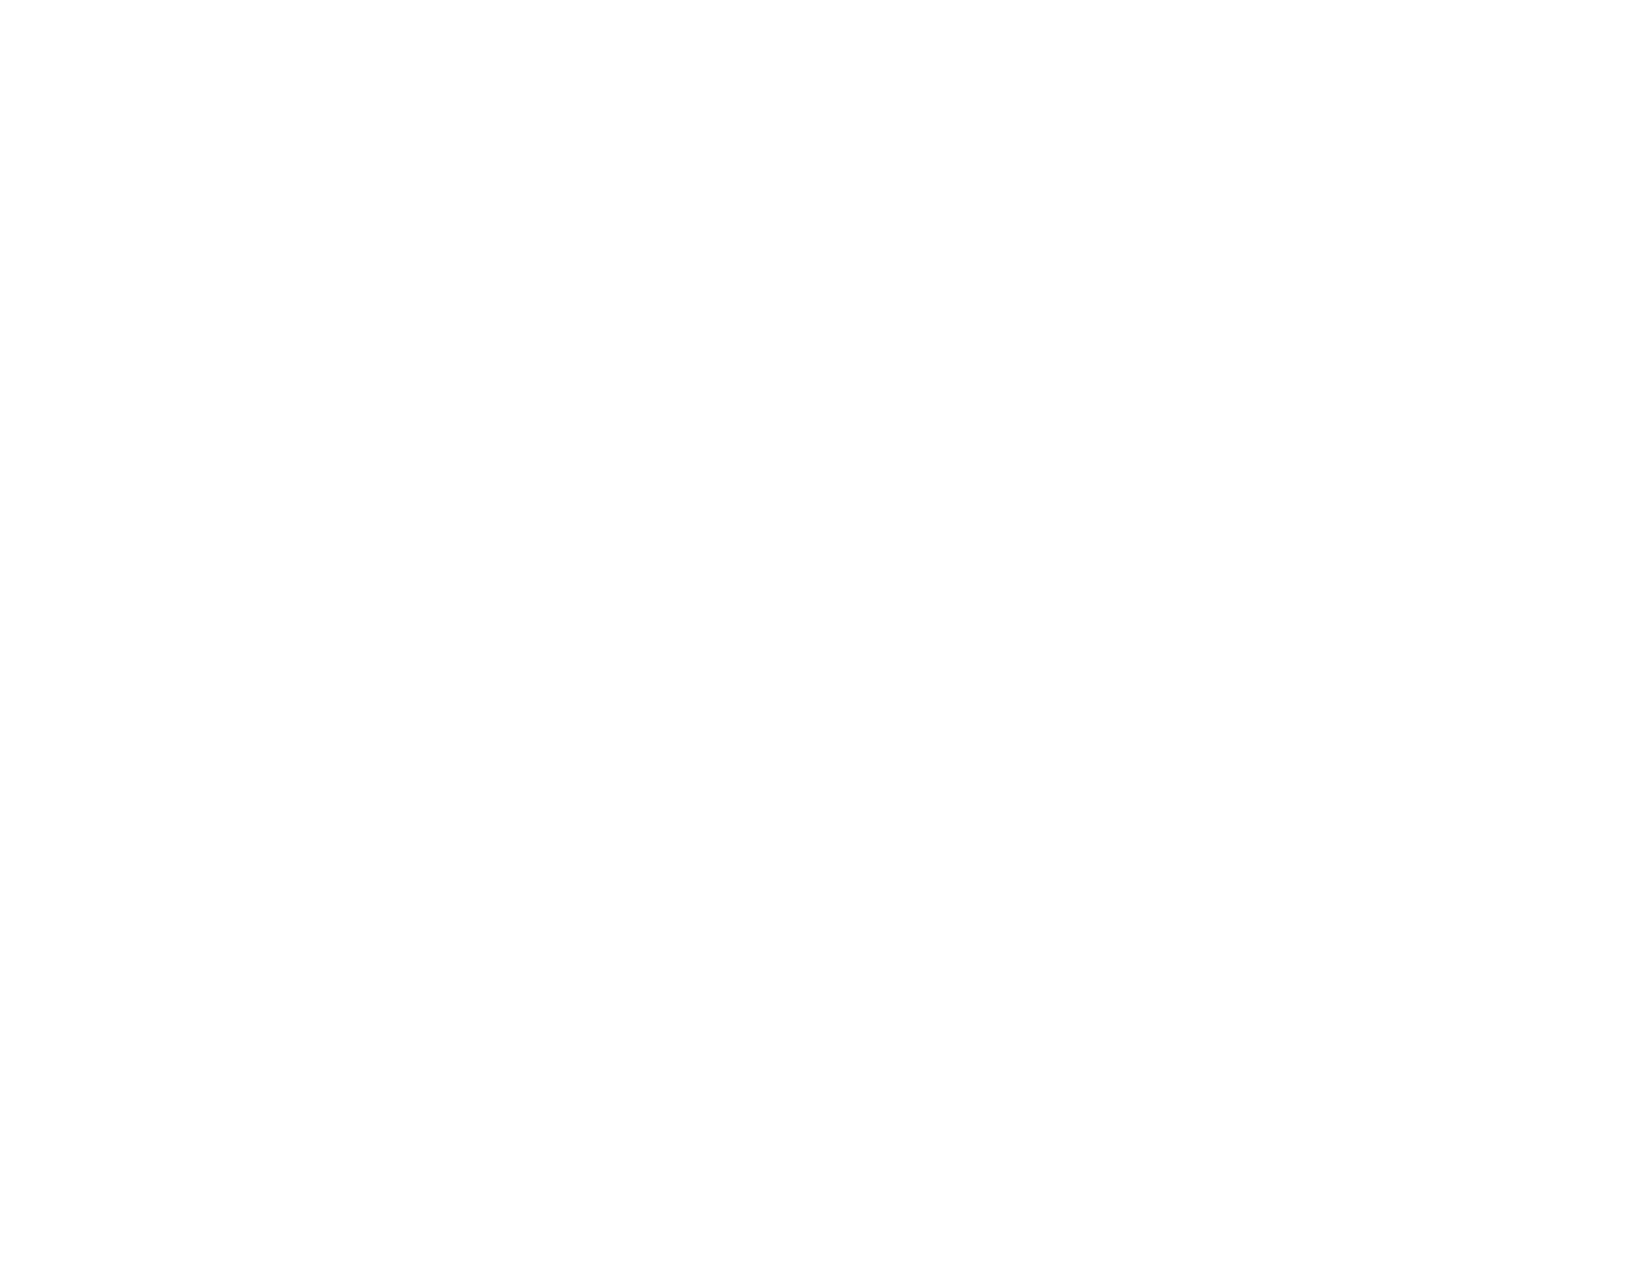
• 11.1.4.3 (Closed Software)
 • 11.8.2 (Authoring Tool)
 • 12.1.2 (Product Docs)
 • 12.2.4 (Support Docs)
 Revised Section 508
 • 501 (Web)(Software)
 • 504.2 (Authoring Tool)
 • 602.3 (Support Docs)
 1.4.4 Resize text (Level AA)
 Also applies to:
 EN 301 549 Criteria
 • 9.1.4.4 (Web)
 • 10.1.4.4 (Non-web document)
 • 11.1.4.4.1 (Open Functionality Software)
 Web: Text can be resized without assistive
 • 11.1.4.4.2 (Closed Software)
 Web: Supports                technology up to 200% without the loss of
 • 11.8.2 (Authoring Tool)
 content or functionality in AMP.
 • 12.1.2 (Product Docs)
 • 12.2.4 (Support Docs)
 Revised Section 508
 • 501 (Web)(Software)
 • 504.2 (Authoring Tool)
 • 602.3 (Support Docs)
 1.4.5 Images of Text (Level AA)
 Also applies to:
 EN 301 549 Criteria
 • 9.1.4.5 (Web)
 • 10.1.4.5 (Non-web document)                                 Web: AMP uses text instead of images of text,
 Web: Supports
 • 11.1.4.5.1 (Open Functionality Software)                    except where essential.
 • 11.1.4.5.2 (Closed Software) – Does not apply
 • 11.8.2 (Authoring Tool)
 • 12.1.2 (Product Docs)
 • 12.2.4 (Support Docs)
 Level Access | Confidential and Proprietary                                               Page 18 of 30
 VPAT® Version 2.4 (Revised) – March 2020